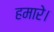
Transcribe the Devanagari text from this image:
हमारे।